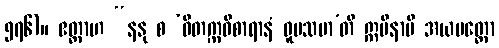
၅၇၆)။ ဧတ္ထာဟ “နနု စ ‘ဝိတက္ကဝိစာရာနံ ဝူပသမာ’တိ ဣမိနာပိ အယမတ္ထော